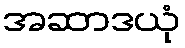
အဆာဒယုံ